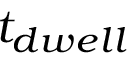
t _ { d w e l l }